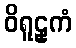
ဝိရူဠှကံ